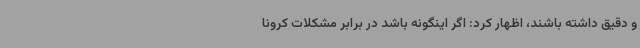
و دقیق داشته باشند، اظهار کرد: اگر اینگونه باشد در برابر مشکلات کرونا